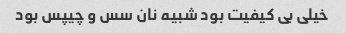
خیلی بی کیفیت بود شبیه نان سس و چیپس بود